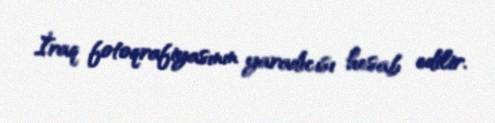
İraq fotoqrafiyasının yaradıcısı hesab edilir.